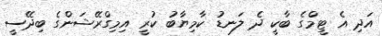
އަދި އެ ޓީމްގެ ބާކީ ދެ ލަނޑު ކާމިޔާބު ކުރީ އިމިގްރޭޝަންގެ ބިދޭސީ